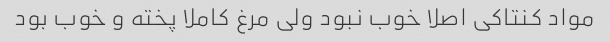
مواد کنتاکی اصلا خوب نبود ولی مرغ کاملا پخته و خوب بود